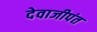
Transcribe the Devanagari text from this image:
देवाजीपंत